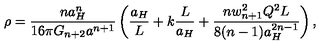
\rho = { \frac { n a _ { H } ^ { n } } { 1 6 \pi G _ { n + 2 } a ^ { n + 1 } } } \left( { \frac { a _ { H } } { L } } + k { \frac { L } { a _ { H } } } + { \frac { n w _ { n + 1 } ^ { 2 } Q ^ { 2 } L } { 8 ( n - 1 ) a _ { H } ^ { 2 n - 1 } } } \right) ,